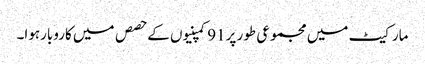
مارکیٹ میں مجموعی طور پر91کمپنیوں کے حصص میں کاروبارہوا۔